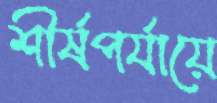
শীর্ষপর্যায়ে